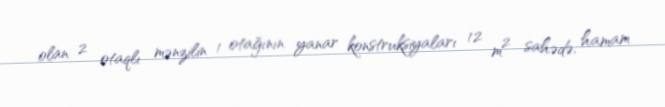
olan 2 otaqlı mənzilin 1 otağının yanar konstruksiyaları 12 m² sahədə, hamam